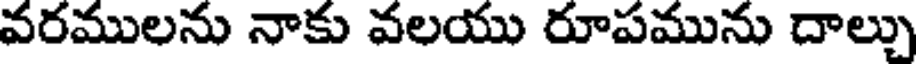
వరములను నాకు వలయు రూపమును దాల్చు